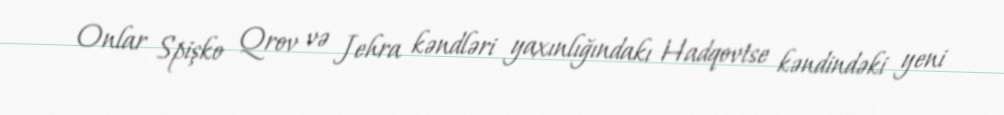
Onlar Spişko Qrov və Jehra kəndləri yaxınlığındakı Hadqovtse kəndindəki yeni